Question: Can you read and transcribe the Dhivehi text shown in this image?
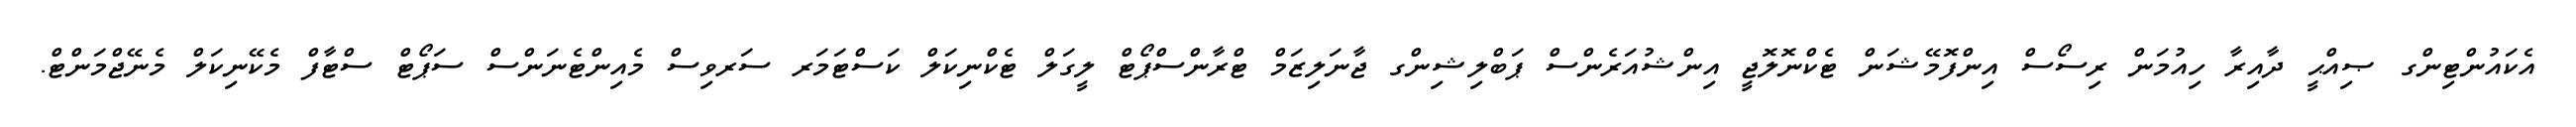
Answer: އެކައުންޓިންގ ޞިއްޙީ ދާއިރާ ހިއުމަން ރިސޯސް އިންފޮމޭޝަން ޓެކްނޮލޮޖީ އިންޝުއަރެންސް ޕަބްލިޝިންގ ޖާނަލިޒަމް ޓްރާންސްޕޯޓް ލީގަލް ޓެކްނިކަލް ކަސްޓަމަރ ސަރވިސް މެއިންޓެނަންސް ސަޕޯޓް ސްޓާފް މެކޭނިކަލް މެނޭޖްމަންޓް.